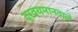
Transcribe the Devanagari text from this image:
द्रव्यमानवालें